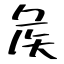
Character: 矦